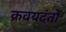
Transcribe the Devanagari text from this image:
क्रवयदंतों